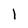
Character: l